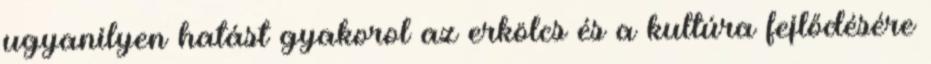
ugyanilyen hatást gyakorol az erkölcs és a kultúra fejlődésére